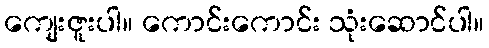
ကျေးဇူးပါ။ ကောင်းကောင်း သုံးဆောင်ပါ။